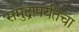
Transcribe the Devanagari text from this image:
समुद्रापर्यंतचा